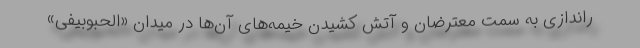
راندازی به سمت معترضان و آتش کشیدن خیمه‌های آن‌ها در میدان «الحبوبیفی»